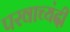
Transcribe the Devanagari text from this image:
परवाच्यंदी